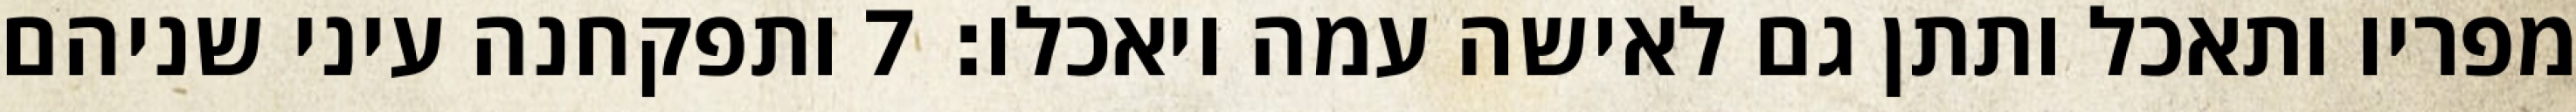
מפריו ותאכל ותתן גם לאישה עמה ויאכלו׃ ‎7‏ ותפקחנה עיני שניהם